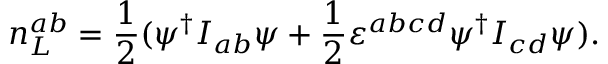
n _ { L } ^ { a b } = \frac 1 2 ( \psi ^ { \dagger } I _ { a b } \psi + \frac 1 2 \varepsilon ^ { a b c d } \psi ^ { \dagger } I _ { c d } \psi ) .